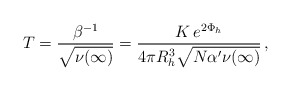
\begin{align*}T = \frac{\beta^{-1}}{\sqrt{\nu(\infty)}} = \frac{K \,e^{2 \Phi_h}}{4 \pi R_h^3 \sqrt{N \alpha' \nu(\infty)}}\,, \end{align*}